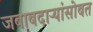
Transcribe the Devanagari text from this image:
जबाबदाऱ्यांसोबत